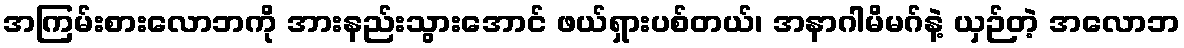
အကြမ်းစားလောဘကို အားနည်းသွားအောင် ဖယ်ရှားပစ်တယ်၊ အနာဂါမိမဂ်နဲ့ ယှဉ်တဲ့ အလောဘ